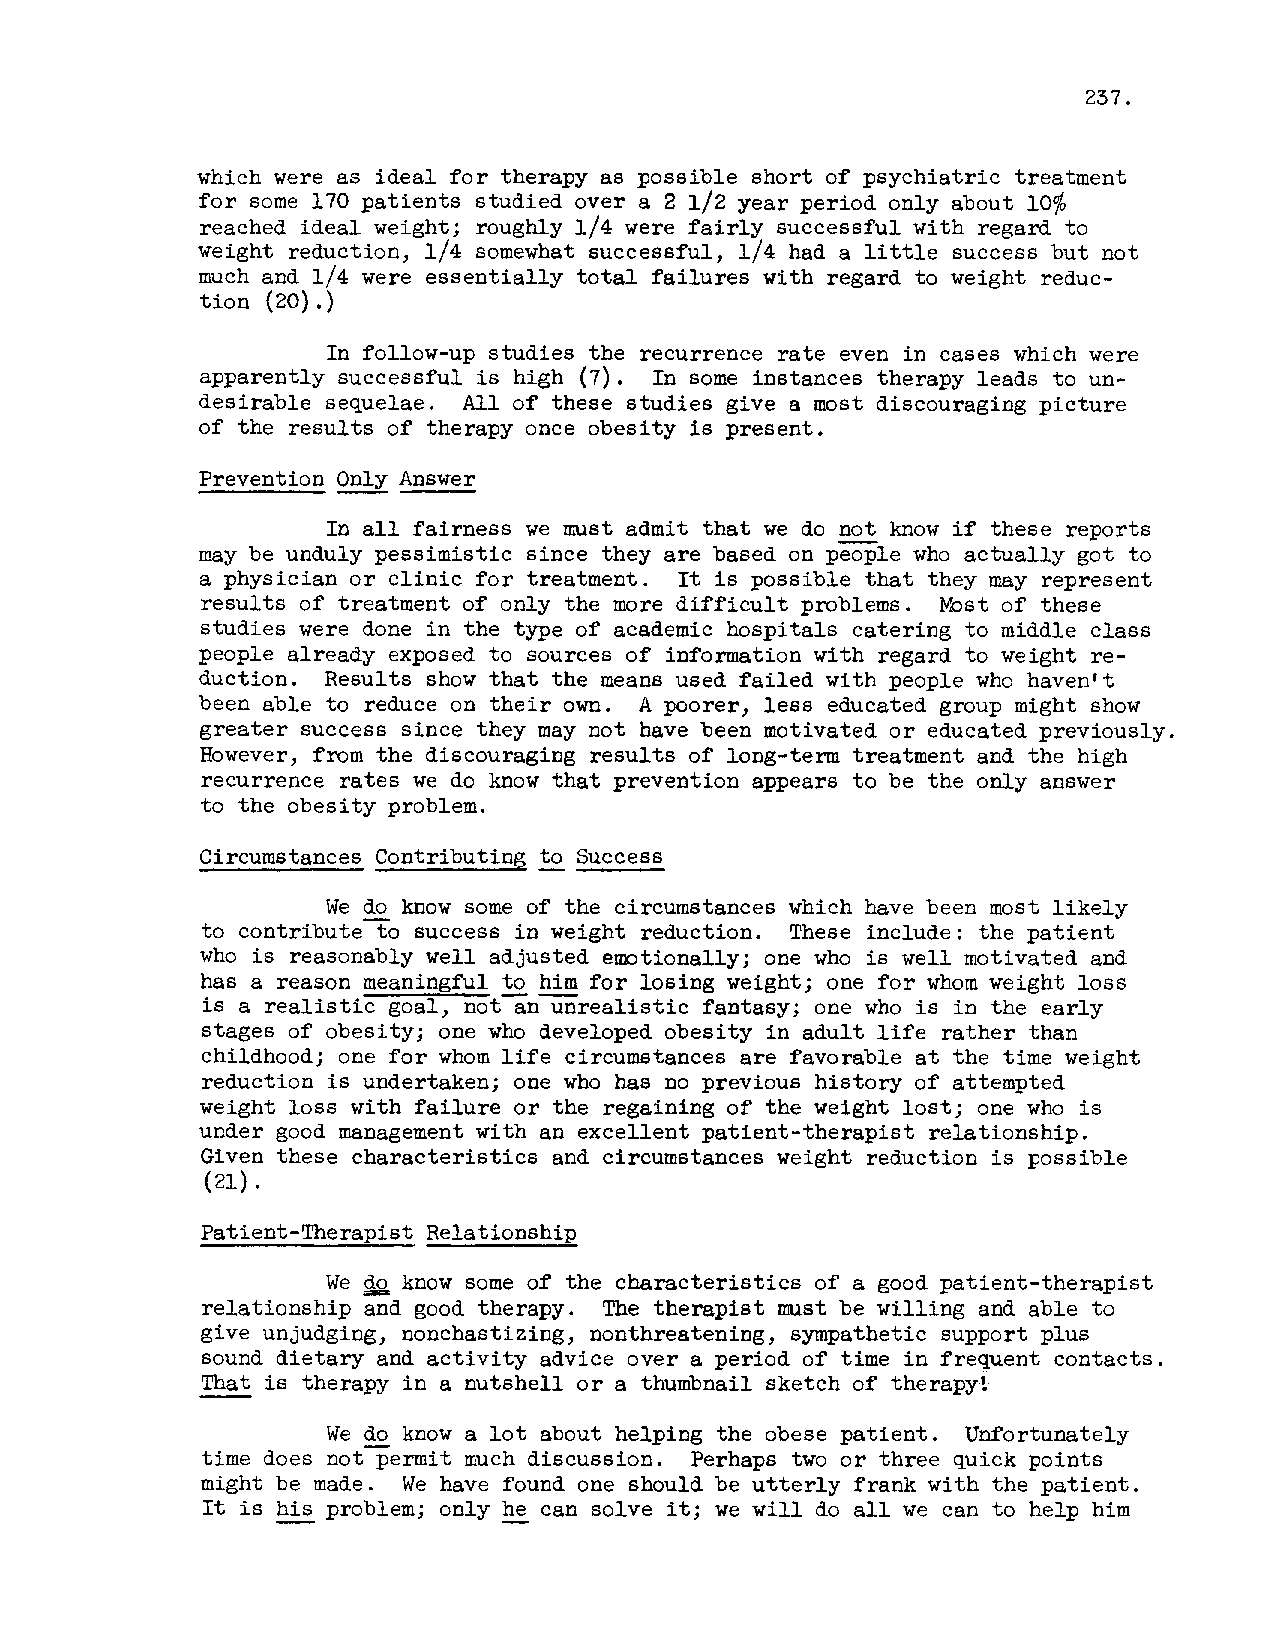
237.
 which were as ideal for therapy as possible short of psychiatric treatment
 for some 170 patients studied over a 2 1/2 year period only about
 10%
 reached ideal weight; roughly 1/4 were fairly successful with regard to
 weight reduction, 1/4 somewhat successful, 1/4 had a little success but not
 much and 1/4 were essentially total failures with regard to weight reduc-
 tion (20).)
 follow-up studies the recurrence rate even in cases which were
 In
 apparently successful is high (7). In some instances therapy leads to un-
 desirable sequelae. of these studies give a most discouraging picture
 All
 of the results of therapy once obesity is present.
 Prevention -Only A nswer
 all fairness we must admit that we do -not know if these reports
 In
 may be unduly pessimistic since they are based on people who actually got to
 a physician or clinic for treatment. It is possible that they may represent
 results of treatment of only the more difficult problems. Wst of these
 studies were done in the type of academic hospitals catering to middle class
 people already exposed to sources of information with regard to weight re-
 duction. Results show that the means used failed with people who haven't
 been able to reduce on their own. A poorer, less educated group might show
 greater success since they may not have been motivated or educated previously.
 However, from the discouraging results of long-term treatment and the high
 recurrence rates we do know that prevention appears to be the only answer
 to the obesity problem.
 Circumstances Contributina to Success
 We do know some of the circumstances which have been most likely
 to contributeto success in weight reduction. These include : the patient
 who is reasonably well adjusted emtionally; one who is well motivated and
 has a reason meaningful -to -him for losing weight; one for whom weight loss
 is a realistic goal, not an unrealistic fantasy; m e who is in the early
 stages of obesity; one who developed obesity in adult life rather than
 childhood; one for whom life circumstances are favorable a t the time weight
 reduction is undertaken; one who has no previous history of attempted
 weight loss with failure or the regaining of the weight lost; one who is
 under good management with an excellent patient-therapist relationship.
 Given these characteristics and circumstances weight reduction is possible
 (21) *
 Patient-Therapist Relationship
 We & know some of the characteristics of a good patient-therapist
 relationship and good therapy. The therapist mst be willing and able to
 give unjudging, nonchastizing, nonthreatening, sympathetic support plus
 sound dietary and activity advice over a period of time in frequent contacts.
 -That is therapy in a nutshell or a thumbnail sketch of therapy!
 We do know a lot about helping the obese patient. Unfortunately
 time does notpermit much discussion. Perhaps two or three quick points
 might be made. We have found one should be utterly frank with the patient.
 It is -his problem; only -he can solve it; we w i l l do all we can to help him